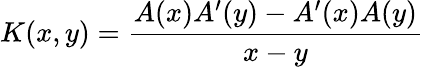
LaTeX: K(x,y)={\frac{A(x)A^{\prime}(y)-A^{\prime}(x)A(y)}{x-y}}